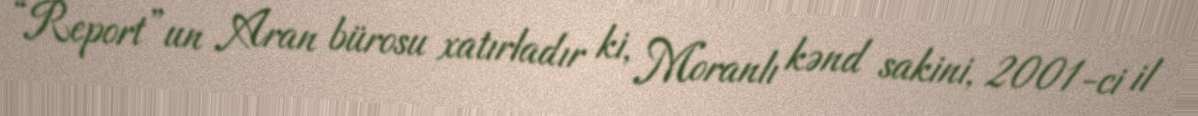
“Report”un Aran bürosu xatırladır ki, Moranlı kənd sakini, 2001-ci il